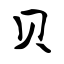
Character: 贝